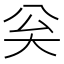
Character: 𡗳